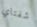
شفتاي